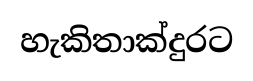
හැකිතාක්දුරට